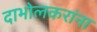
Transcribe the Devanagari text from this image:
दाभोलकरांना